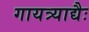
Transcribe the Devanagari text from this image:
गायत्र्याद्यैः